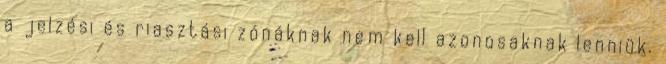
a jelzési és riasztási zónáknak nem kell azonosaknak lenniük.